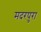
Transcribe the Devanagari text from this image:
मदरपुरा